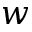
w